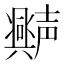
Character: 𫯆